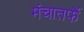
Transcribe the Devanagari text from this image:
मंचातर्फे